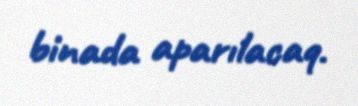
binada aparılacaq.